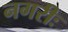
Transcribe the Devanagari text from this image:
नगरीः